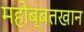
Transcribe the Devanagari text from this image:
महोब्बतखान